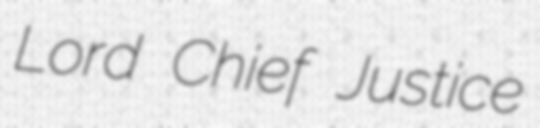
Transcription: Lord Chief Justice